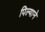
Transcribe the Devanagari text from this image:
पिल्याने